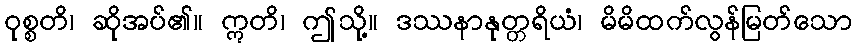
ဝုစ္စတိ၊ ဆိုအပ်၏။ ဣတိ၊ ဤသို့။ ဒဿနာနုတ္တရိယံ၊ မိမိထက်လွန်မြတ်သော